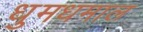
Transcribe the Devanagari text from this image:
धुमधमाल